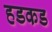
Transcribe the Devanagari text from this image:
हडकड